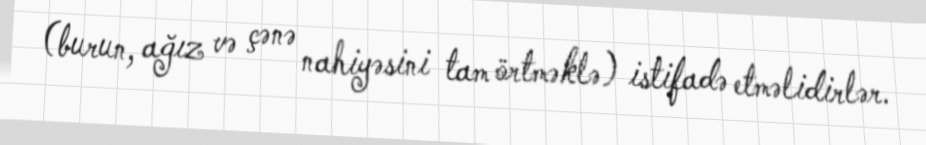
(burun, ağız və çənə nahiyəsini tam örtməklə) istifadə etməlidirlər.